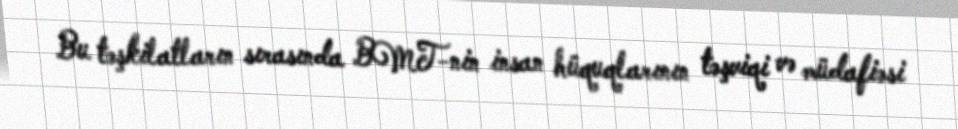
Bu təşkilatların sırasında BMT-nin insan hüquqlarının təşviqi və müdafiəsi